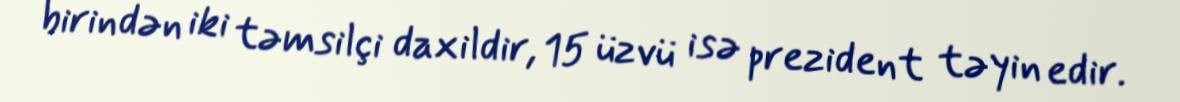
birindən iki təmsilçi daxildir, 15 üzvü isə prezident təyin edir.